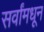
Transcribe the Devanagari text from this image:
सर्वांमधून